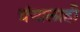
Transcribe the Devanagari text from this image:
ग्रंथालाही